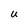
Character: U